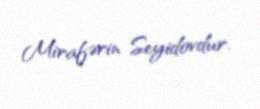
Mirafərin Seyidovdur.